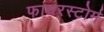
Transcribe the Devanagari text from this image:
फायरस्टोर्म